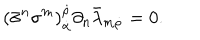
( \bar { \sigma } ^ { n } \sigma ^ { m } ) _ { \dot { \alpha } } ^ { \dot { \rho } } \partial _ { n } \bar { \lambda } _ { m \dot { \rho } } = 0 .